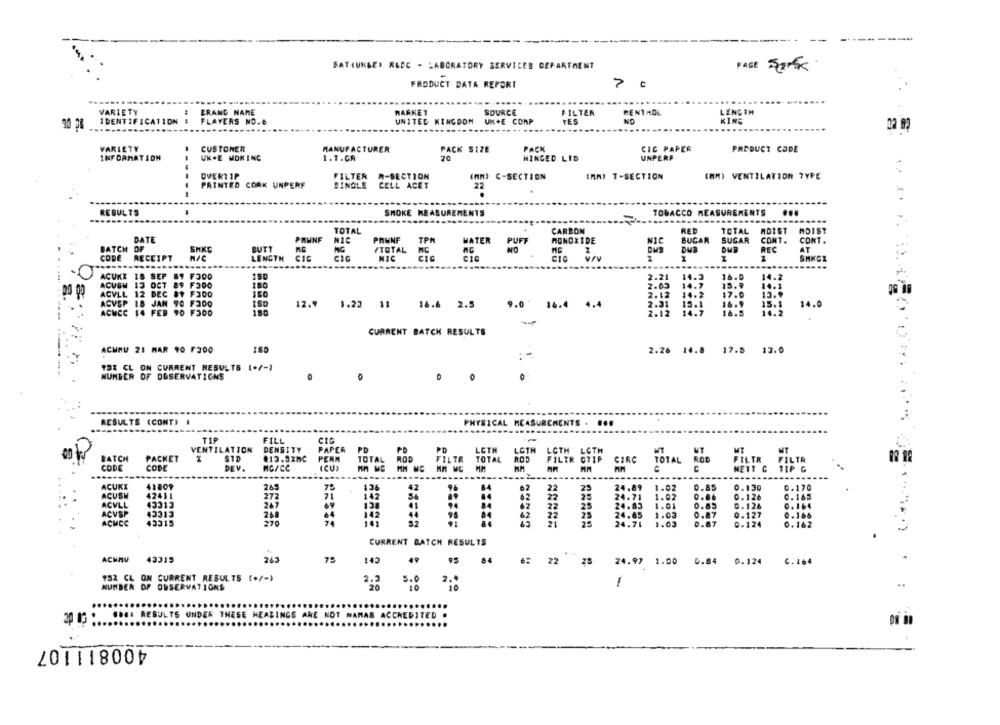
SATIUKSER RLDC - LABORATORY SERVICES DEPARTMENT
PAGE Sark
FRODUCT DATA REPORT
VARIETY
BRAND NAME
MARKET
SOURCE
FILTER
RENTADL
LENGTH
IDENTIFICATION # FLAYERS NO.6
UNITED KINGDOM UK.E COMP
TES
NO
KING
VARIETY
CUSTONER
MANUFACTURER
PACK SIZE
PACK
CIC PAPER
PRODUCT CODE
INFORMATION
UK.E WOKING
1.1.GA
20
HINGED LID
UNPERF
--
OVERTIP
FILTER A-SECTION
(MM) C-SECTION
IMMI T-SECTION
(MM) VENTILATION TYPE
PRINTED CORK UNPERF
SINGLE CELL ACET
22
RESULTS
TOBACCO MEASUREMENTS
SMOKE MEASUREMENTS
....
.......
TOTAL
CARBON
REP
TOTAL
MDIST
MDIST
DATE
PRINF
NIC
PHWNF
TPM
MONOXIDE
BUCAR
SUGAR
CONT.
CONT .
WATER
PUFF
BATCH
OF
SHKC
BUTT
TOTAL
DUR
REC
AT
CODE
RECEIPT
LENGTH
NIC
SHKCZ
ACUKX
16 SEP
BY F300
150
2.21
14.
16.0
14.2
ACUSM
13
OCT
15.9
89 F300
180
2.03
ACVLL
12
DEC BY FJOD
2.12
ACVSP
18 JAN 90 FaOO
12.9 1.20 11
16.6 2.5
9.0' 16.4 4.4
ACMCC
14 FEB 90 F300
180
2.12
14.7
16.5
14.2
14.0
CURRENT BATCH RESULTS
ACUMU 21 MAR 90 F300
2.26 14.8 17.5 13.0
TSX CL ON CURRENT RESULTS (+/-1
NUMBER OF DESERVATIONS
0
----
RESULTS (CONT) .
PHYSICAL MCASURCHENTS . ...
FILL
VENTILATION
DENSITY
PAPER
PD
PD
LCTH
LGTH
STD
ROD
LOTH LOTH
BATCH
PACKET
#13.3xnC
PERM
TOTAL
FILTR
TOTAL
ROD
FILTR OTIP
CIRC
FILTR FILTR
CODE
CODE
DEV.
TOTAL ROD
---
ACUKX
41809
42
0.130
64
22
24.89
1.02
0.85
0.170
ACUSW
42411
CICCI
272
71
142
42
22
0.126
0.165
ACVLL
247
41
94
62
ACVSP
43313
268
64
44
25
ACHCE
43315
270
52
1.83
0.162
CURRENT BATCH RESULTS
ACHAV
43315
263
75
49
143
22
25-
24.97 1.00 0.84 0.124 0.164
752 CL ON CURRENT RESULTS (+/-)
2 ..
NUMBER OF OBSERVATIONS
2.2
3.0
30 85 :1844 RESULTS UNDER
NOT WANAS ACCREDITE
400811107